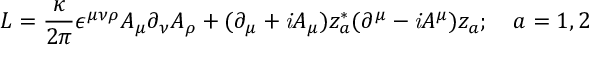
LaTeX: { \cal L } = \frac { \kappa } { 2 \pi } \epsilon ^ { \mu \nu \rho } A _ { \mu } \partial _ { \nu } A _ { \rho } + ( \partial _ { \mu } + { \it i } A _ { \mu } ) z _ { a } ^ { * } ( \partial ^ { \mu } - { \it i } A ^ { \mu } ) z _ { a } ; ~ ~ ~ a = 1 , 2